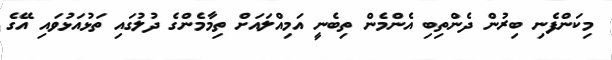
މިކަންފެނި ބިރުން ދެންތިބި އެންމެން ތިބެނީ އަމިއްލައަށް ތިމާމެންގެ ދުލުގައި ތަޅުއަޅުވައި އޭގެ